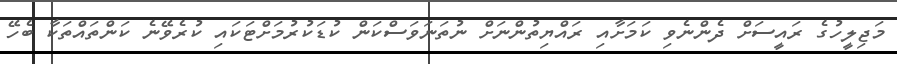
މަޖިލީހުގެ ރައީސަށް ދެންނެވި ކަމަށާއި ރައްޔިތުންނަށް ނުތަނަވަސްކަން ކުޑަކުރުމަށްޓަކައި ކުރެވޭނެ ކަންތައްތަކާ ބެހޭ